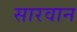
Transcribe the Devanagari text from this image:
सारवान